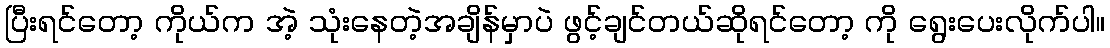
ပြီးရင်တော့ ကိုယ်က အဲ့ သုံးနေတဲ့အချိန်မှာပဲ ဖွင့်ချင်တယ်ဆိုရင်တော့ ကို ရွေးပေးလိုက်ပါ။